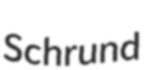
Schrund